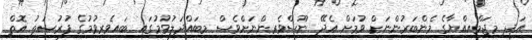
އަދި މިޖަމްއިއްޔާގެ މެންބަރުންނަށް ވުމަށް އެދޭ ނޫސްވެރިންނަށްވެސް މިބައްދަލުވުމުގައި ބައިވެރިވުމުގެ ފުރުޞަޠު އޮތް